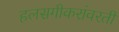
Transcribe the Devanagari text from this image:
हलसगीकरांवरती